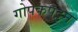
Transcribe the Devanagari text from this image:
गोपकपट्टन